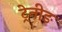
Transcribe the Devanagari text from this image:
ट्रेनीङ